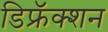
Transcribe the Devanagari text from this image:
डिफ्रॅक्शन